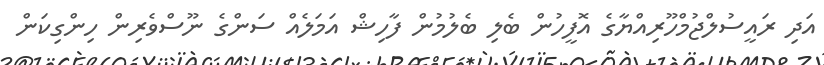
އަދި ރައީސުލްޖުމްހޫރިއްޔާގެ އޮފީހުން ބެލި ބެލުމުން ފާހިޝް އަމަލެއް ސަންގެ ނޫސްވެރިން ހިންގިކަން